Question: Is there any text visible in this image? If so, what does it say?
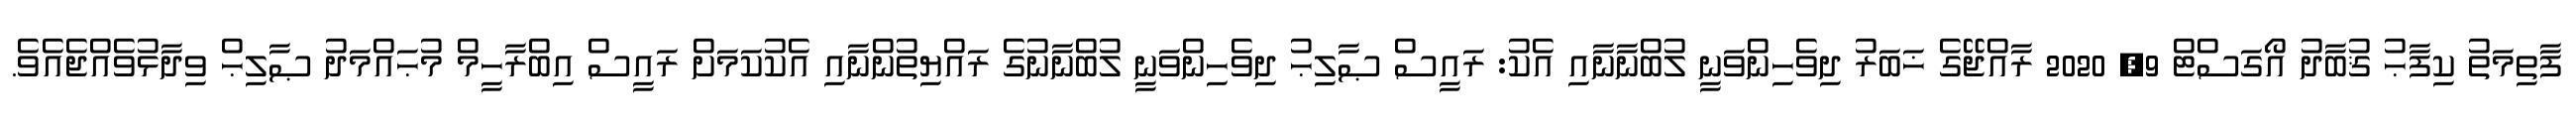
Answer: ފާތިމަތު ކިފާޙު ޤުބާދު އޯގަސްޓް 9, 2020 ރާއްޖޭގެ ޚަބަރު ދިވެހިންވަނީ ލުބްނާނާއި އެކު: ރައީސް ޞާލިޙު ދިވެހިންވަނީ ލުބްނާނުގެ ރައްޔިތުންނާއި އެކުކަމަށް ރައީސް އިބްރާހީމް މުޙައްމަދު ޞާލިޙް ވިދާޅުވެއްޖެއެވެ.